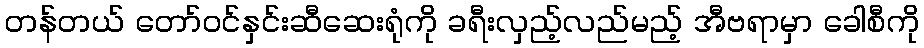
တန်တယ် တော်ဝင်နှင်းဆီဆေးရုံကို ခရီးလှည့်လည်မည့် အီဗရာမှာ ခေါစီကို